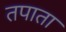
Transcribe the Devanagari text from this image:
तपाता